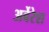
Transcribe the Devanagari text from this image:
अर्बेरेश